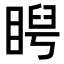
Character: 𥇩